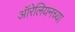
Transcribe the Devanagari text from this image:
ऑरेलियनच्या